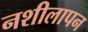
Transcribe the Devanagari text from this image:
नशीलापन